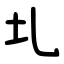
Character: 圠